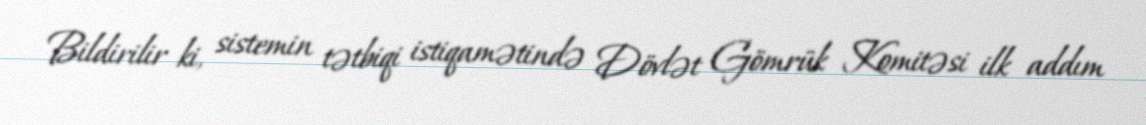
Bildirilir ki, sistemin tətbiqi istiqamətində Dövlət Gömrük Komitəsi ilk addım